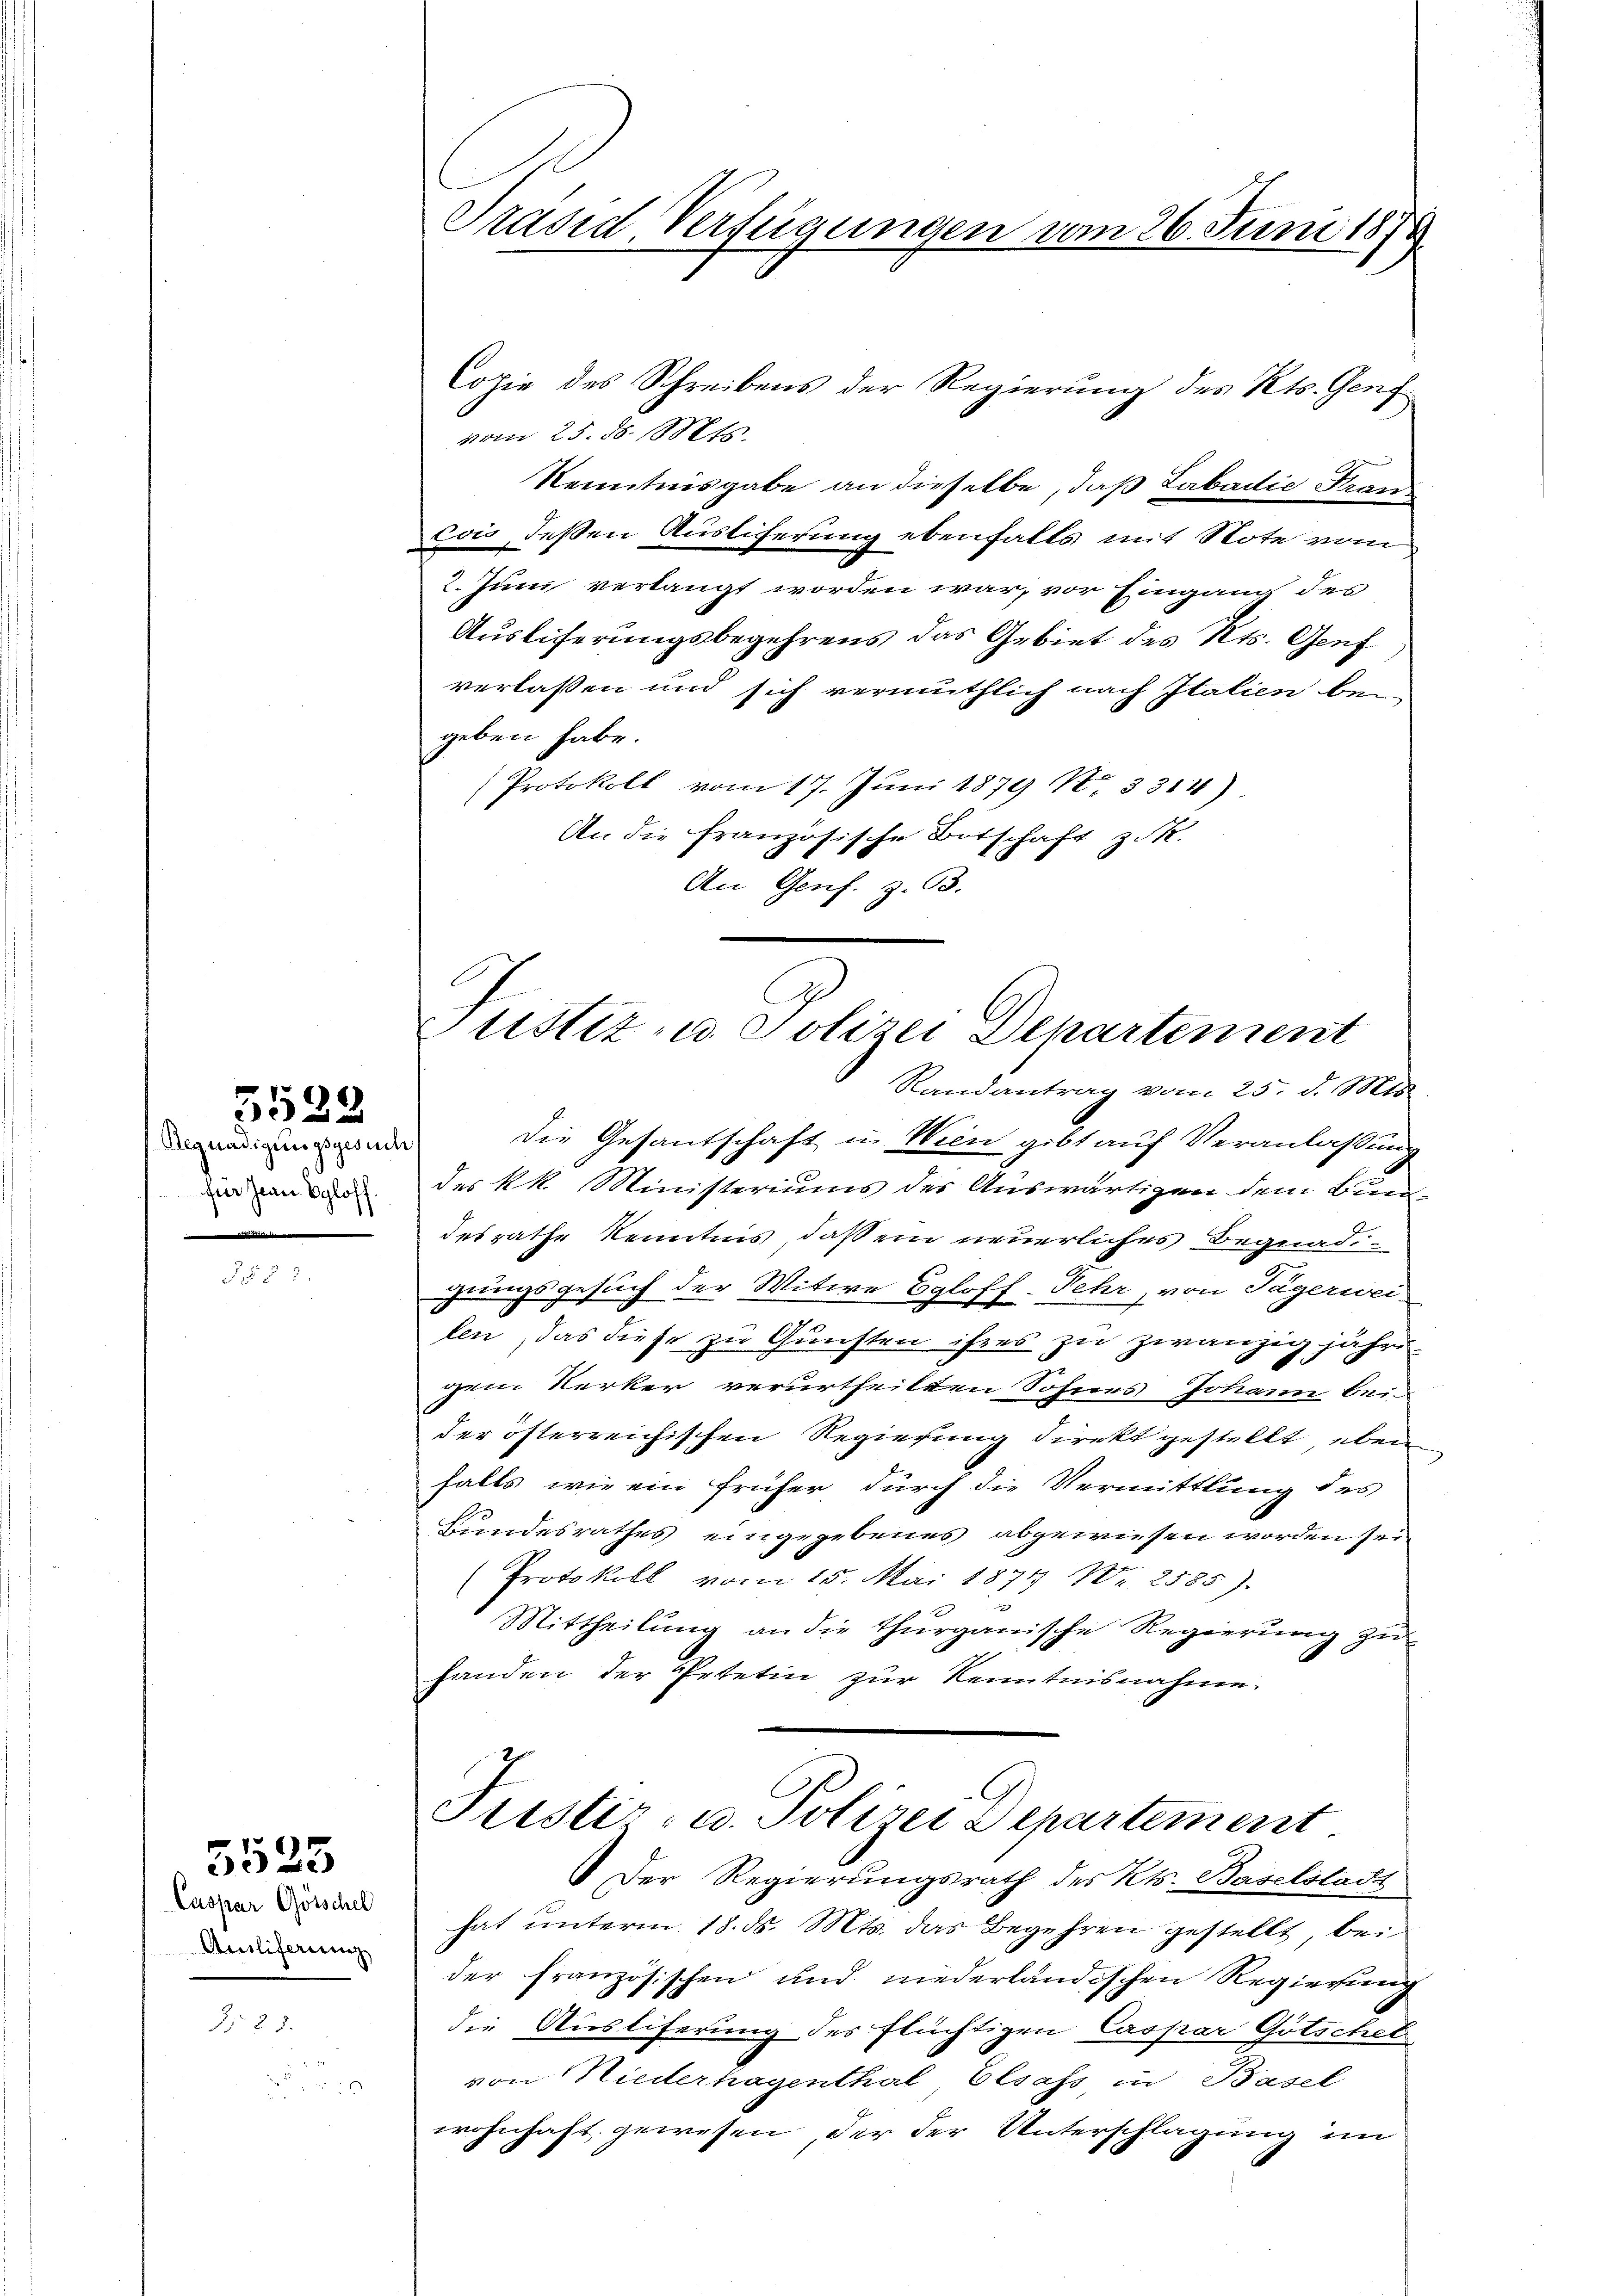
533.

Regnadigungsgesuch
für Jean Egloff.

Caspar Götschel
Ausliferung

5523

Präsid Verfügungen vom 26. Juni 1874.

Copie des Schreibens der Regierung des Kts. Genf
vom 25. 18. Mts.
Kenntnisgabe an dieselbe, daß Labadie Kran
Eois, deßen Auslicherung ebenfalls mit Note vom
2. Juni verlangt worden war, vor Eingang des
Ausliferungsbegehrens das Gebiet des Kts. Genf
verlassen und sich vermuthlich nach Italien bei
geben habe.
Protokoll vom 17. Juni 1879 No 3314)
An die französische Botschaft z. R.
An Genf. Z. 63.

Justiz- u. Polizei Departement
Randantrag vom 25. d. Mts.

die Gesantschaft in Wien gibt auf Veranlassung
des kk. Ministeriums der Auswärtigen dem Bundesrathe Kenntnis, daß ein neuerliches Begnadiguungsgesuch der Witwe Egloff-Fehr, von Tägerwei
len, das diese zu Gunsten ihres zu zwanzig jahren.
gem Kerker verurtheilten Sohnes Johann bei-
der österreichischen Regierung direkt gestellt, eben
falls wie ein früher durch die Vermittlung des
Hundesrathes eingegebenes abgewiesen worden sei
Protokoll vom 15. Mai 1871 Nr. 2585).
Mittheilung an die thurgauische Regierung zu
handen der Petetin zur Kenntnisnahmen.
Justiz- u. Polizei Departement
Der Regierungsrath des Kts. Baselstadt
hat unterm 18. ds. Mts. das Begehren gestellt bei
der Französischen und niederländischen Regierung
die Ausliferung des flüchtigen Caspar Götschel
von Niederhagenthal Elsass in Basel
wohnhaft gewesen der der Unterschlagung im